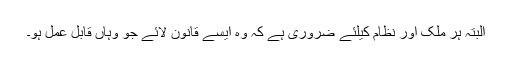
البتہ ہر ملک اور نظام کیلئے ضرورى ہے کہ وه ایسے قانون لائے جو وہاں قابل عمل ہو۔